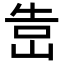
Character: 𡷥